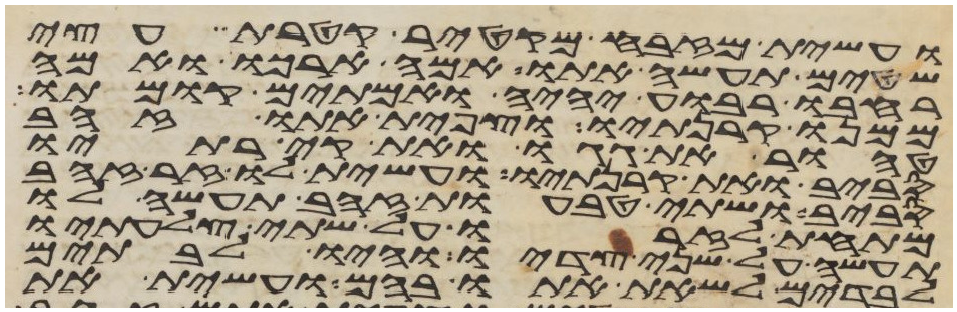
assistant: ועשית מזבח מקטיר קטרת עצי
שטים תעשה אתו אמה ארכו ואמה
רחבו רבוע יהיה ואמתים קומתו
ממנו קרנתיו וצפית אתו זהב
טהור את גגו ואת קירתיו
סביב ואת קרנתיו ועשית לו זר זהב
סביב ושתי טבעות זהב תעשה לו
מתחת לזרו על שתי צלעתיו
תעשה על שני צדיו והיו לבתים
לבדים לשאת אתו בהם ועשית את